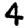
Digit: 4